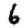
Digit: 6